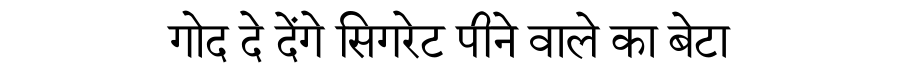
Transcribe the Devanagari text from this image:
गोद दे देंगे सिगरेट पीने वाले का बेटा